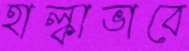
হাল্কাভাবে